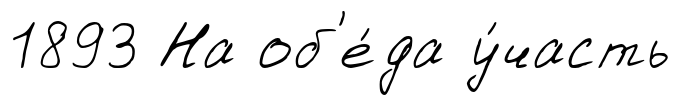
1893 На об'е́да у́часть